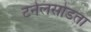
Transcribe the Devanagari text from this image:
टनेलसोडता